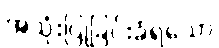
အသုံးပြုခြင်းခံရသော